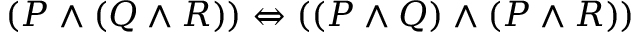
( P \land ( Q \land R ) ) \Leftrightarrow ( ( P \land Q ) \land ( P \land R ) )